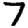
Digit: 7